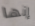
إنها